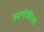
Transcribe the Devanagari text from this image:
स्पर्न्गफील्ड